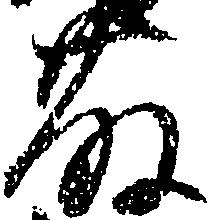
藤